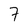
Character: 7